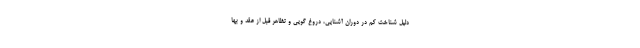
دلیل شناخت کم در دوران آشنایی، دروغ گویی و تظاهر قبل از عقد و بها